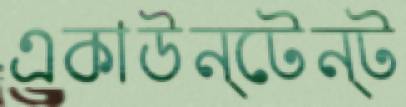
একাউন্টেন্ট